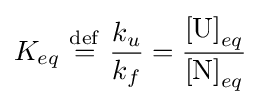
K_{eq}\ {\stackrel {\mathrm {def} }{=}}\ {\frac {k_{u}}{k_{f}}}={\frac {\left[{\ce {U}}\right]_{eq}}{\left[{\ce {N}}\right]_{eq}}}